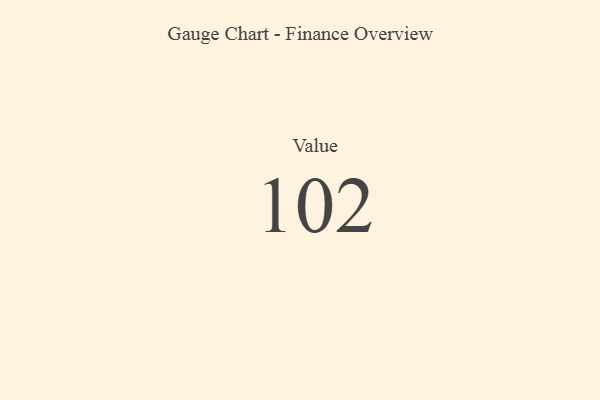
{"axis": {"x": "Metric", "y": "Value"}, "legend": [""], "data": [{"x": "Value", "y": 102, "type": ""}]}